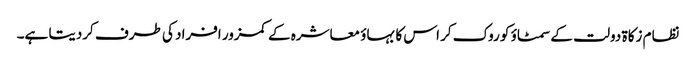
نظام زکاة دولت کے سمٹاؤ کو روک کر اس کا بہاؤ معاشرہ کے کمزور افراد کی طرف کردیتا ہے۔